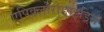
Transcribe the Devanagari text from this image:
एपिक्लोरोङाइड्रिन